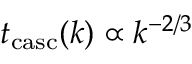
t _ { \mathrm { c a s c } } ( k ) \propto k ^ { - 2 / 3 }